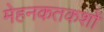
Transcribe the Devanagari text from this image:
मेहनकतकशों